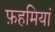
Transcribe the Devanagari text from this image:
फ़हमियां